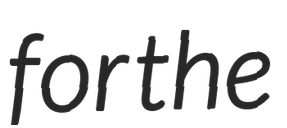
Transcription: for the